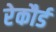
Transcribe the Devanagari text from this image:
रेकौर्ड